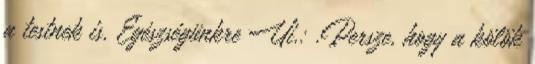
a testnek is. Egészségünkre Ui.: .Persze, hogy a kölök